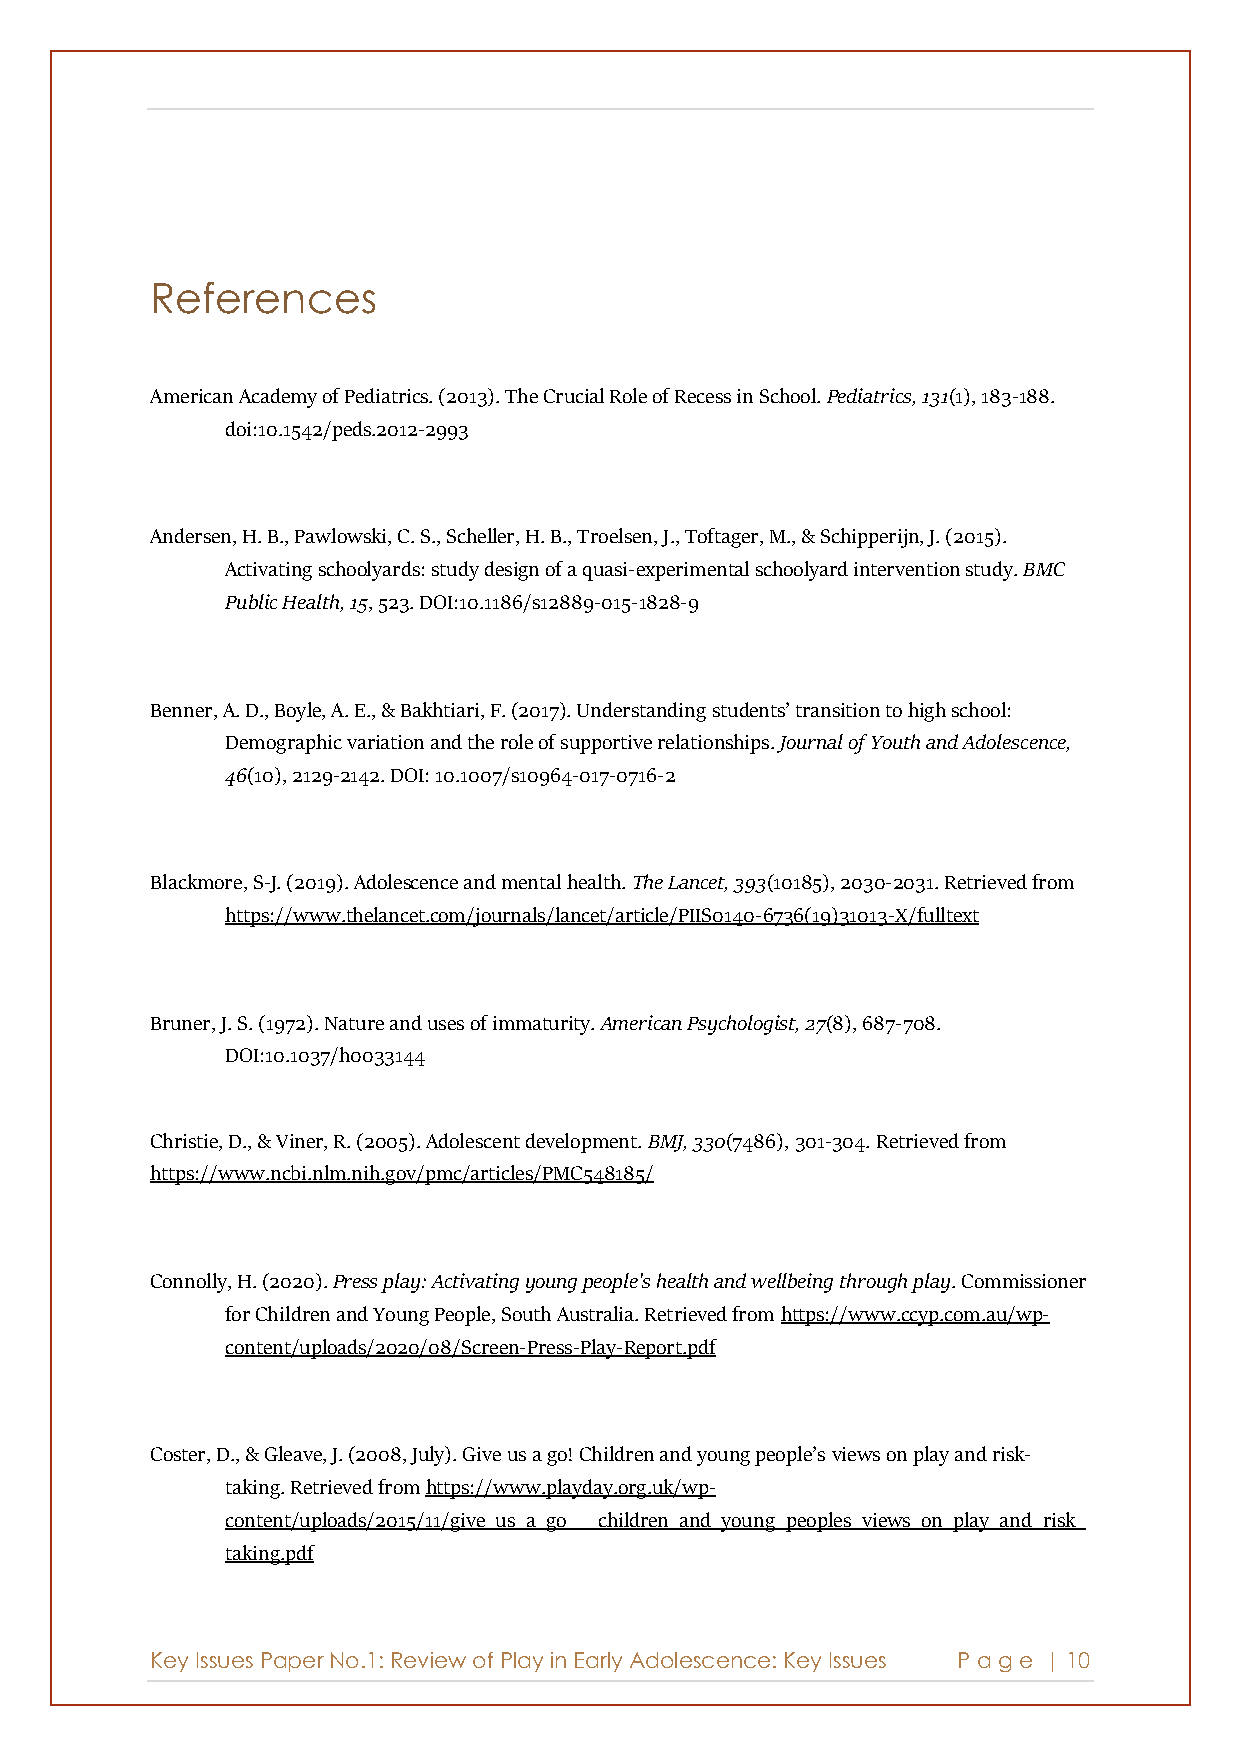
References
 American Academy of Pediatrics. (2013). The Crucial Role of Recess in School. Pediatrics, 131(1), 183-188.
 doi:10.1542/peds.2012-2993
 Andersen, H. B., Pawlowski, C. S., Scheller, H. B., Troelsen, J., Toftager, M., & Schipperijn, J. (2015).
 Activating schoolyards: study design of a quasi-experimental schoolyard intervention study. BMC
 Public Health, 15, 523. DOI:10.1186/s12889-015-1828-9
 Benner, A. D., Boyle, A. E., & Bakhtiari, F. (2017). Understanding students’ transition to high school:
 Demographic variation and the role of supportive relationships. Journal of Youth and Adolescence,
 46(10), 2129-2142. DOI: 10.1007/s10964-017-0716-2
 Blackmore, S-J. (2019). Adolescence and mental health. The Lancet, 393(10185), 2030-2031. Retrieved from
 https://www.thelancet.com/journals/lancet/article/PIIS0140-6736(19)31013-X/fulltext
 Bruner, J. S. (1972). Nature and uses of immaturity. American Psychologist, 27(8), 687-708.
 DOI:10.1037/h0033144
 Christie, D., & Viner, R. (2005). Adolescent development. BMJ, 330(7486), 301-304. Retrieved from
 https://www.ncbi.nlm.nih.gov/pmc/articles/PMC548185/
 Connolly, H. (2020). Press play: Activating young people's health and wellbeing through play. Commissioner
 for Children and Young People, South Australia. Retrieved from https://www.ccyp.com.au/wp-
 content/uploads/2020/08/Screen-Press-Play-Report.pdf
 Coster, D., & Gleave, J. (2008, July). Give us a go! Children and young people’s views on play and risk-
 taking. Retrieved from https://www.playday.org.uk/wp-
 content/uploads/2015/11/give_us_a_go___children_and_young_peoples_views_on_play_and_risk_
 taking.pdf
 Key Issues Paper No.1: Review of Play in Early Adolescence: Key Issues P age | 10